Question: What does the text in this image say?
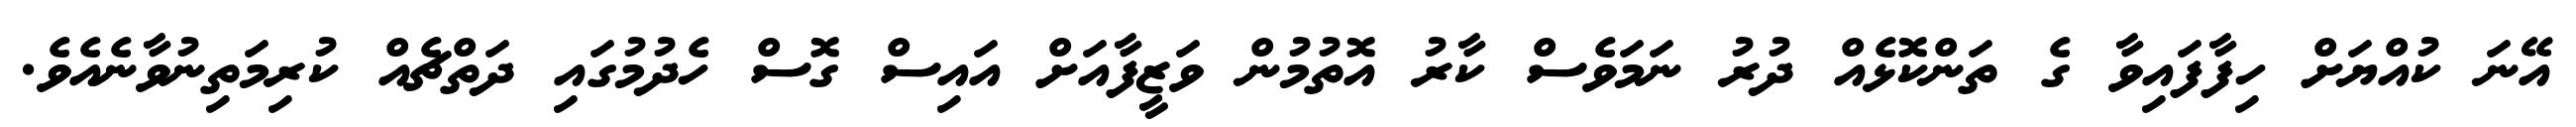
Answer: އޭނަ ކުއްޔަށް ހިފާފައިވާ ގެ ތަންކޮޅެއް ދުރު ނަމަވެސް ކާރު އޮތުމުން ވަޒީފާއަށް އައިސް ގޮސް ހެދުމުގައި ދަތްޗެއް ކުރިމަތިނުވާނެއެވެ.